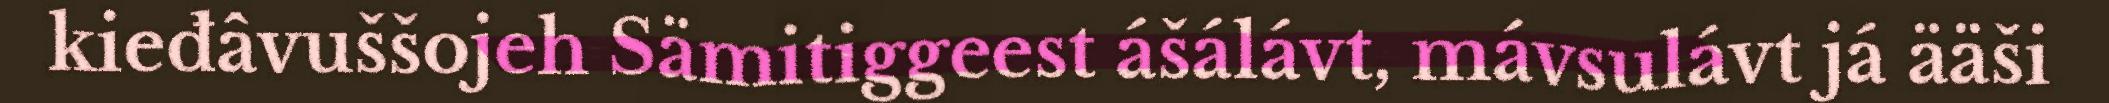
kieđâvuššojeh Sämitiggeest ášálávt, mávsulávt já ääši